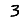
Digit: 3